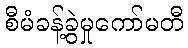
စီမံခန့်ခွဲမှုကော်မတီ